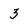
Character: 3